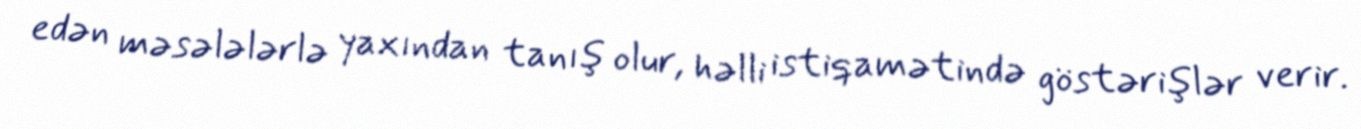
edən məsələlərlə yaxından tanış olur, həlli istiqamətində göstərişlər verir.